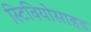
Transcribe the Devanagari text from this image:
स्टिवियोसाइड